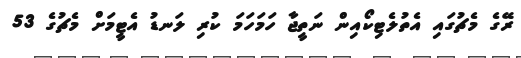
ރޭގެ މެޗުގައި އެތުލެޓިކޯއިން ނަތީޖާ ހަމަހަމަ ކުރި ލަނޑު އެޓީމަށް މެޗުގެ 53